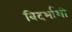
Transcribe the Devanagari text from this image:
विदर्भाशी